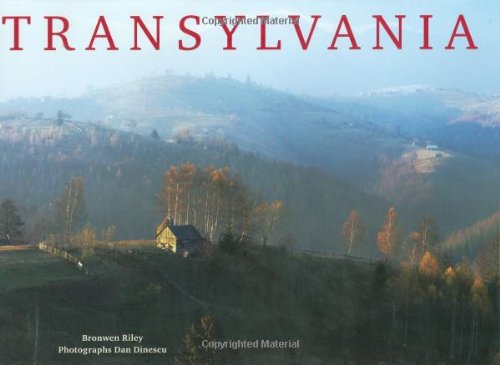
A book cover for Transylvania; Bronwen Riley; Travel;